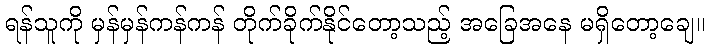
ရန်သူကို မှန်မှန်ကန်ကန် တိုက်ခိုက်နိုင်တော့သည့် အခြေအနေ မရှိတော့ချေ။